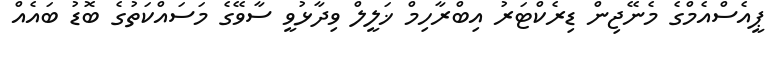
ޕީއެސްއެމްގެ މެނޭޖިން ޑިރެކްޓަރު އިބްރާހިމް ޚަލީލް ވިދާޅުވީ ސާވޭގެ މަސައްކަތުގެ ބޮޑު ބައެއް